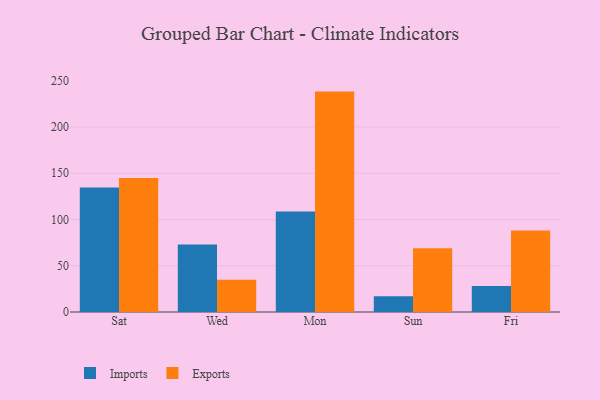
{"axis": {"x": "Day", "y": "Operating Costs (USD K)"}, "legend": ["Exports", "Imports"], "data": [{"x": "Sat", "y": 134.6, "type": "Imports"}, {"x": "Sat", "y": 144.8, "type": "Exports"}, {"x": "Wed", "y": 72.9, "type": "Imports"}, {"x": "Wed", "y": 35.0, "type": "Exports"}, {"x": "Mon", "y": 108.6, "type": "Imports"}, {"x": "Mon", "y": 238.3, "type": "Exports"}, {"x": "Sun", "y": 17.0, "type": "Imports"}, {"x": "Sun", "y": 68.8, "type": "Exports"}, {"x": "Fri", "y": 28.0, "type": "Imports"}, {"x": "Fri", "y": 88.2, "type": "Exports"}]}